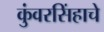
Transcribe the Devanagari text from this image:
कुंवरसिंहाचे